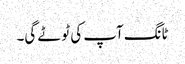
ٹانگ آپ کی ٹوٹے گی۔